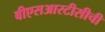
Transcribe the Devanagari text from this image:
बीएसआरटीसीची